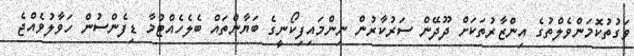
ވަގުތުކޮމަންވެލްތުގެ އިންޒާރުތަކަށް ދޫދޭން ސަރުކާރުން ނިންމައިފިކޯނީގެ ބަޔާންތައް ބެލެހެއްޓުމާ ޑިފެންސުން ހަވާލުވެއްޖެ